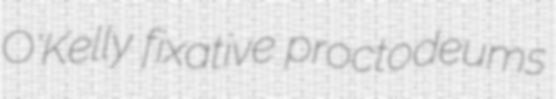
O'Kelly fixative proctodeums